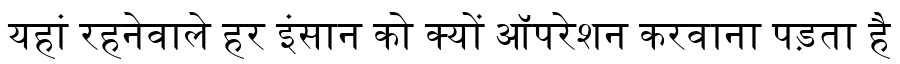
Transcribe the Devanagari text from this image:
यहां रहनेवाले हर इंसान को क्यों ऑपरेशन करवाना पड़ता है